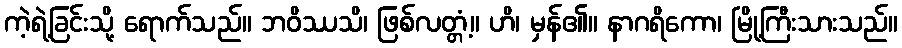
ကဲ့ရဲ့ခြင်းသို့ ရောက်သည်။ ဘဝိဿသိ၊ ဖြစ်လတ္တံ့။ ဟိ၊ မှန်၏။ နာဂရိကော၊ မြို့ကြီးသားသည်။